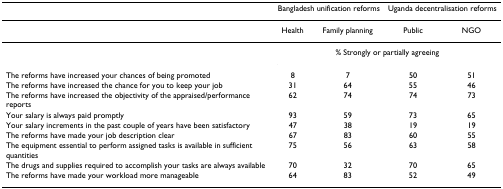
<table><thead><tr><td></td><td colspan="2"><b>Bangladesh unification reforms</b></td><td colspan="2"><b>Uganda decentralisation reforms</b></td></tr></thead><tbody><tr><td></td><td>Health</td><td>Family planning</td><td>Public</td><td>NGO</td></tr><tr><td></td><td colspan="4">% Strongly or partially agreeing</td></tr><tr><td>The reforms have increased your chances of being promoted</td><td>8</td><td>7</td><td>50</td><td>51</td></tr><tr><td>The reforms have increased the chance for you to keep your job</td><td>31</td><td>64</td><td>55</td><td>46</td></tr><tr><td>The reforms have increased the objectivity of the appraised/performance reports</td><td>62</td><td>74</td><td>74</td><td>73</td></tr><tr><td>Your salary is always paid promptly</td><td>93</td><td>59</td><td>73</td><td>65</td></tr><tr><td>Your salary increments in the past couple of years have been satisfactory</td><td>47</td><td>38</td><td>19</td><td>19</td></tr><tr><td>The reforms have made your job description clear</td><td>67</td><td>83</td><td>60</td><td>55</td></tr><tr><td>The equipment essential to perform assigned tasks is available in sufficient quantities</td><td>75</td><td>56</td><td>63</td><td>58</td></tr><tr><td>The drugs and supplies required to accomplish your tasks are always available</td><td>70</td><td>32</td><td>70</td><td>65</td></tr><tr><td>The reforms have made your workload more manageable</td><td>64</td><td>83</td><td>52</td><td>49</td></tr></tbody></table>